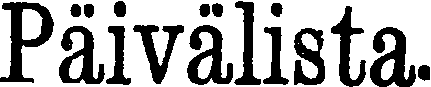
Päivälista.